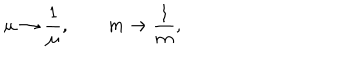
\mu \rightarrow \frac { 1 } { \mu } , \qquad m \rightarrow \frac { 1 } { m } ,